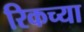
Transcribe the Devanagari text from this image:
रिकच्या